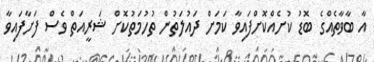
އާ ބާވާތެއްގެ ބޮޑު ކުށެއްކޮށްފައިވާ ކަމަށް ދައުލަތުން ތުހުމަތުކޮށް ޝަރީއަތް ވެސް ފަށާފައިވާ